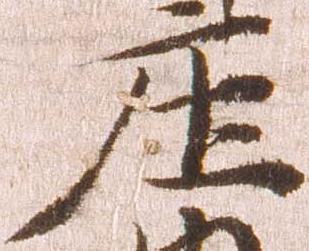
庄